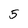
Character: 5